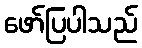
ဖော်ပြပါသည်